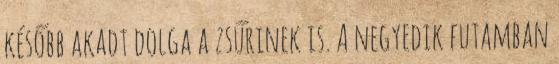
később akadt dolga a zsűrinek is. A negyedik futamban